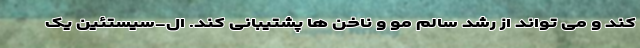
کند و می تواند از رشد سالم مو و ناخن ها پشتیبانی کند. ال-سیستئین یک